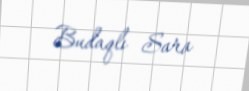
Budaqlı Sara